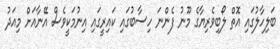
ބަލިހާލުގައި އޮތް ލޯބިވެރިޔާގެ މޫނު ފެންނަ ހިސާބުގައި ކައިރީގައި އިނުމަކީވެސް އޭނާއަށް މިއަދު